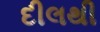
દીલથી